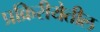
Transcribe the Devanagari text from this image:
प्रक्रिरीयेतील